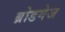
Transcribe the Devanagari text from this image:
ब्रोडगेज